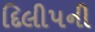
દિલીપની